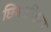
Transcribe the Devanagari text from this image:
छिनमष्तिका